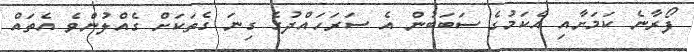
ފޯރާނެ ކަމަށާއި އެކަމުގެ ސަބަބުން އެ ސަރަހައްދުގެ ގިނަ ގެތަކަށް ގެއްލުންވެ އެތައް